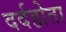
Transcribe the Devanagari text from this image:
दर्दहोता